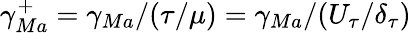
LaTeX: \gamma_{Ma}^{+}=\gamma_{Ma}/(\tau/\mu)=\gamma_{Ma}/(U_{\tau}/\delta_{\tau})